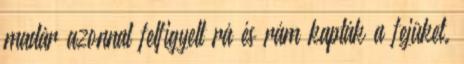
madár azonnal felfigyelt rá és rám kapták a fejüket.